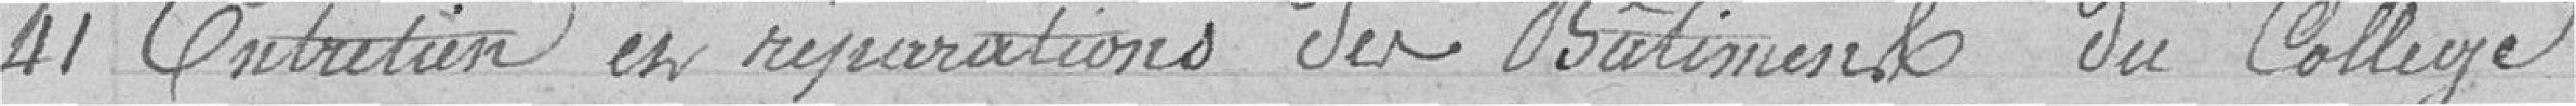
41 Entretien en réparation du bâtiment du collège